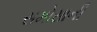
સમોસાની